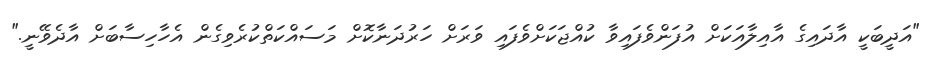
"އަދީބަކީ އާދައިގެ އާއިލާއަކަށް އުފަންވެފައިވާ ކުއްޖަކަށްވެފައި ވަރަށް ހަރުދަނާކޮށް މަސައްކަތްކުރެވިގެން އެހާހިސާބަށް އާދެވޭނީ."